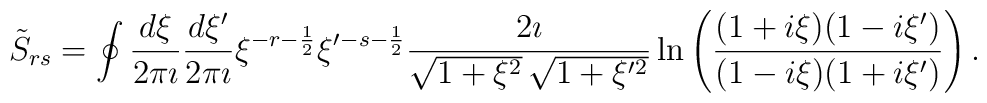
\tilde{S}_{rs}=\oint\frac{d\xi}{2\pi\imath}\frac{d\xi'}{2\pi\imath}\xi^{-r-\frac{1}{2}}\xi'{}^{-s-\frac{1}{2}}\frac{2\imath}{\sqrt{1+\xi^2}\,\sqrt{1+\xi'{}^2}}\ln\left(\frac{(1+i\xi)(1-i\xi')}{(1-i\xi)(1+i\xi')}\right).